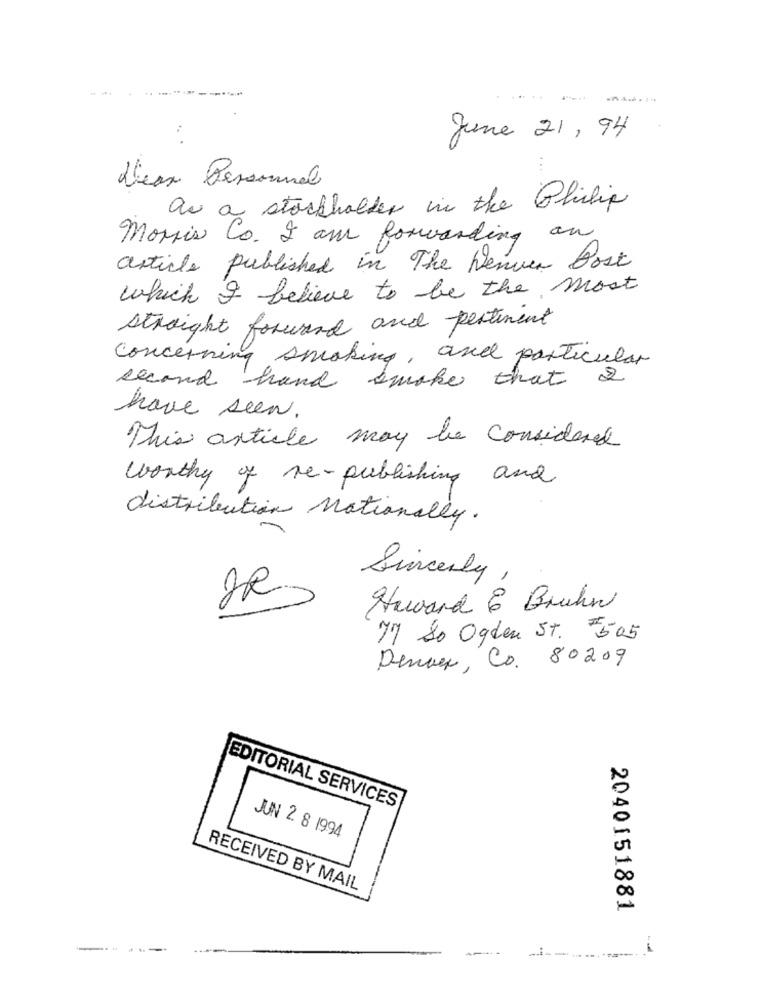
June 21 , 94
Deux Personnal
as a stockholder in the Philip
Morris Co. I am forwarding an
article published in The Denver Post
which I believe to be the most
straight forward and pertinent
concerning smoking, and particular
second hand smoke that &
have seen.
This article may be considered
worthy of re-publishing and
distribution nationally.
Sincerly
Howard C Bruhn
77 So Ogden St. 505
Denay, Co. 80209
EDITORIAL SERVICES
JUN 2. 8 1994
RECEIVED BY MAIL
2040151881